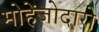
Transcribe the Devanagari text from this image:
मोहेंजोदारो